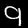
Digit: 9